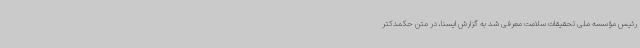
رئیس مؤسسه ملی تحقیقات سلامت معرفی شد به گزارش ایسنا، در متن حکمدکتر